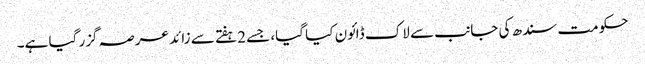
حکومت سندھ کی جانب سے لاک ڈائون کیا گیا، جسے 2ہفتے سے زائد عرصہ گزر گیا ہے۔